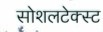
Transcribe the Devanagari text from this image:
सोशलटेक्स्ट